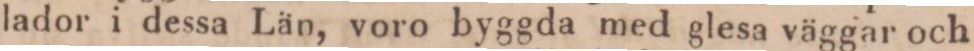
lador i dessa Län, voro byggda med glesa väggar och